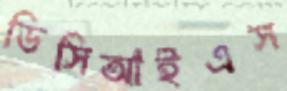
ডিসিআইএস